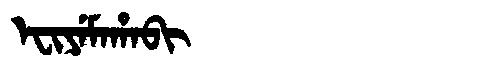
Manchu: ᡝᠸᡳᠶᡝᠮᠠᡥᠠᠪᡳ
Romanization: EFIYEMAHABI